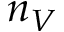
n _ { V }